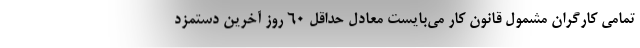
تمامی کارگران مشمول قانون کار می‌بایست معادل حداقل ۶۰ روز آخرین دستمزد